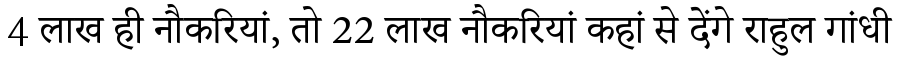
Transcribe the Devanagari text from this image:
4 लाख ही नौकरियां, तो 22 लाख नौकरियां कहां से देंगे राहुल गांधी